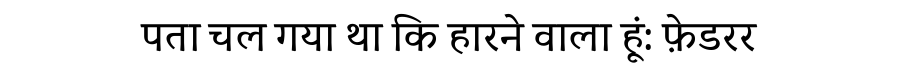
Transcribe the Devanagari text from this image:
पता चल गया था कि हारने वाला हूं: फ़ेडरर